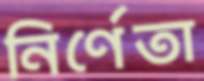
নির্ণেতা